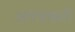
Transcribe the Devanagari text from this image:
अथबक्सी